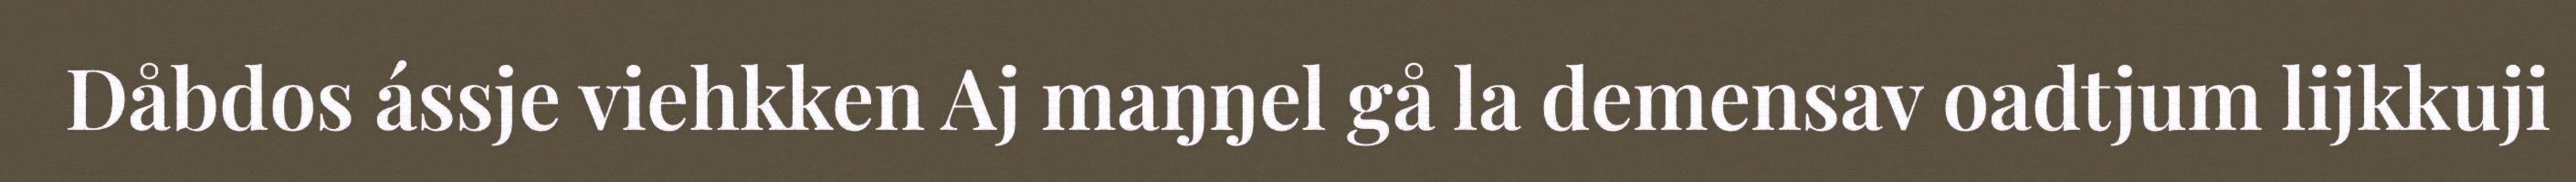
Dåbdos ássje viehkken Aj maŋŋel gå la demensav oadtjum lijkkuji